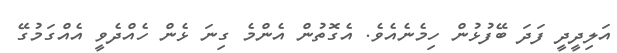
އަލިދީދީ ފަދަ ބޭފުޅުން ހިމެނެއެވެ. އެގޮތުން އެންމެ ގިނަ ޅެން ހެއްދެވީ އެއްގަމުގޭ